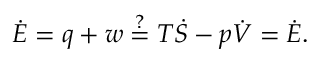
\dot { E } = q + w \stackrel { ? } { = } T \dot { S } - p \dot { V } = \dot { E } .